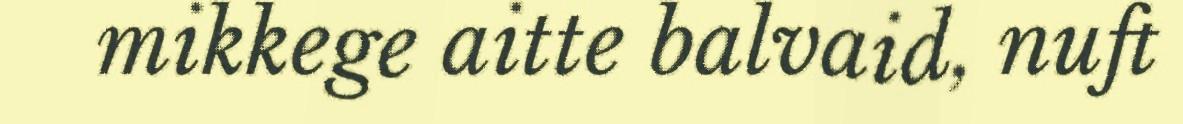
mikkege aitte balvaid, nuft